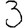
Digit: 3